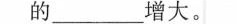
的\underline增大。